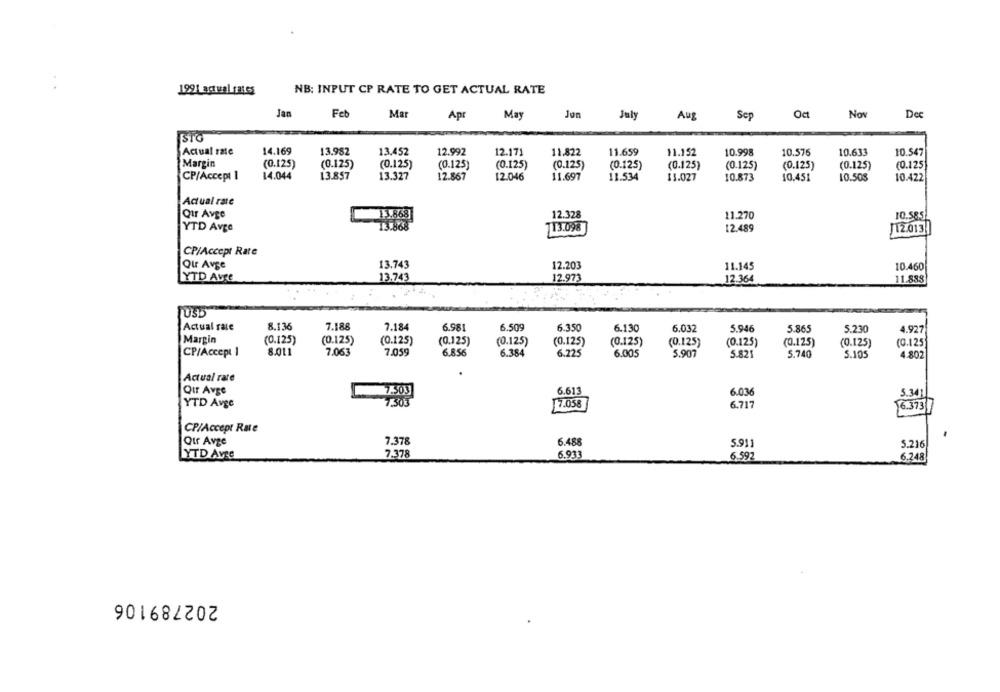
1991 actual rates
NB: INPUT CP RATE TO GET ACTUAL RATE
Jan
Fet
Ma
Apr
May
Jon
July
Aug
Sep
Nov
De
STG
Actual rate
14.169
13.982
13.452
12.992
12.171
11.822
11.659
11.152
10.998
10.576
10.633
10.547
Margin
(0.125)
(0.125)
(0.125)
(0.125)
(0.125)
(0.125)
(0.125)
(0.125)
(0.125)
(0.125)
(0.125)
(0.125
CP/Accept 1
14.044
13.857
13.327
12.867
12.046
11.697
11.534
13.027
10.873
10.451
10.508
10.422
Actual rate
QIr Avge
13.868
12.328
11.270
10.585
YTD Avce
13.868
13.098
12.489
12.013
CP/Accept Rare
Qur Avge
13.743
12.203
11.145
10.460
YTD Avre
13.743
12.973
12.364
11.883
USD
Actual race
8.136
7.188
7.184
6.981
6.509
6.350
6.130
6.032
5.946
5.865
5.230
4.927
Margin
(0.125)
(0.125)
(0.125)
(0.125)
(0.125)
(0.125)
(0.125)
(0.125)
(0.125)
(0.125)
(0.125)
(0.125
CP/Accept 1
8.011
7.063
7.059
6.856
6.384
6.225
6.005
5.907
5.821
5.740
5.105
4.802
Actual rate
Qur Avge
6.613
6.036
5.341
YTD Avge
7.058
6.717
6.373
CP/Accept Rate
Qir Avge
7.378
6.488
5.911
5.216
YTD Avre
7.378
6.933
6.592
6.248
202789106